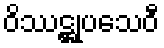
ဝိဿဋ္ဌုပသေဝီ